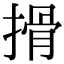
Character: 搰